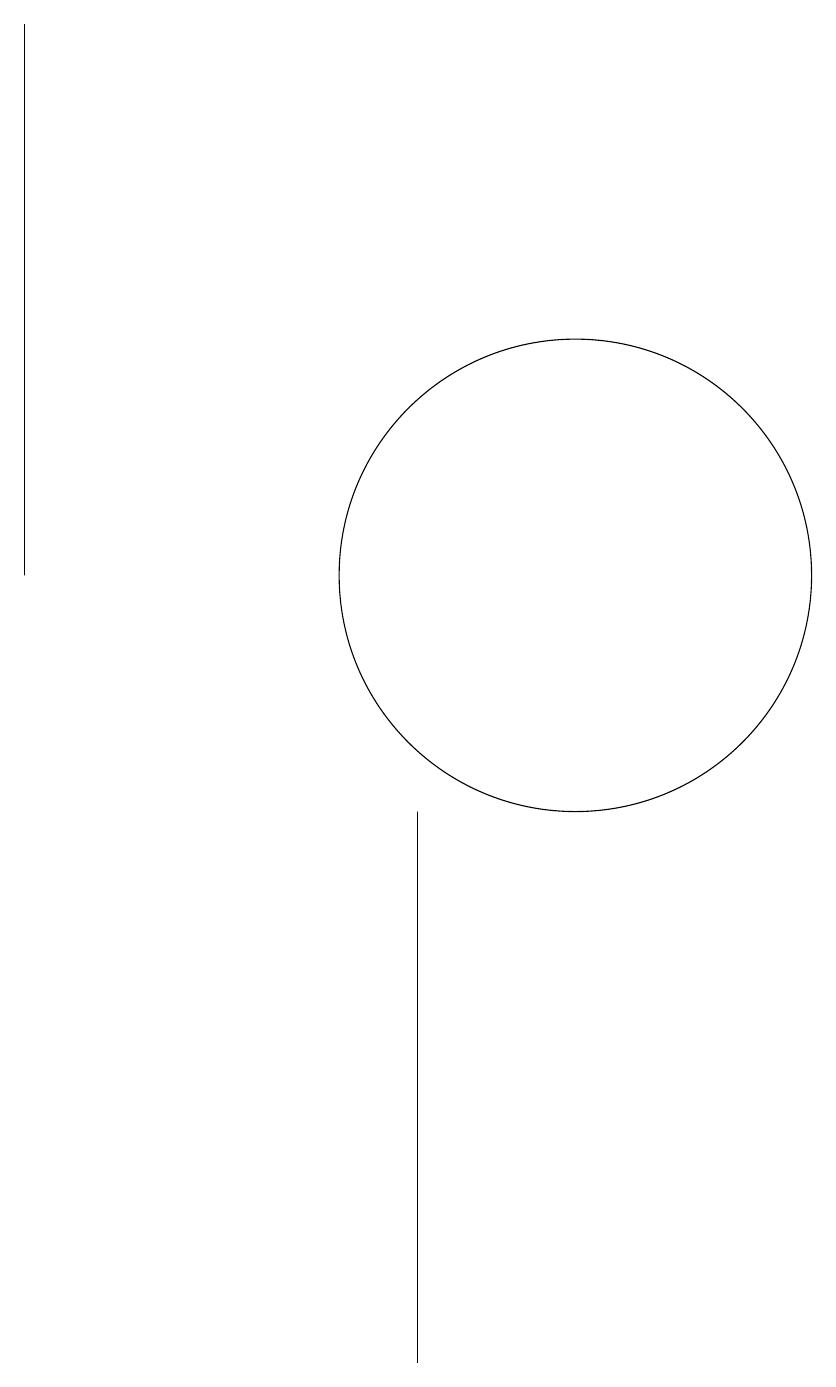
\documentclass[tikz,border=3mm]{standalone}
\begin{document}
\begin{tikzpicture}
\draw (10,11) circle (3);
\draw (8,7) -- (8,1) -- (8,8) -- cycle;
\draw (3,11) rectangle (3,18);
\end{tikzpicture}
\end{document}